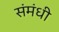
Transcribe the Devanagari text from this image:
संमंधी